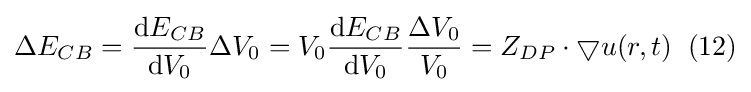
\Delta E_{CB}={\frac {\mathrm {d} E_{CB}}{\mathrm {d} V_{0}}}\Delta V_{0}=V_{0}{\frac {\mathrm {d} E_{CB}}{\mathrm {d} V_{0}}}{\frac {\Delta V_{0}}{V_{0}}}=Z_{DP}\cdot \bigtriangledown u(r,t)\;\;(12)